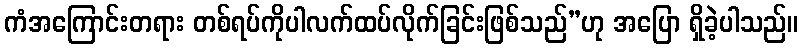
ကံအကြောင်းတရား တစ်ရပ်ကိုပါလက်ထပ်လိုက်ခြင်းဖြစ်သည်”ဟု အပြော ရှိခဲ့ပါသည်။